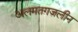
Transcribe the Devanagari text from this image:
अलमतग़ज़लीन